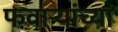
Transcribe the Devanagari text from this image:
फवार्‍यांच्या